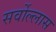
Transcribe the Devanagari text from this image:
सर्वोल्लास